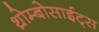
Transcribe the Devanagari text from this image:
थ्रोम्बोसाईट्स